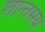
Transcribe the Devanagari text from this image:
शान्तमय